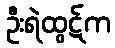
ဦးရဲထွဋ်က